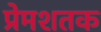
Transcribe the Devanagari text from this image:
प्रेमशतक